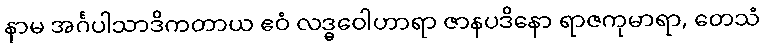
နာမ အင်္ဂပါသာဒိကတာယ ဧဝံ လဒ္ဓဝေါဟာရာ ဇာနပဒိနော ရာဇကုမာရာ, တေသံ